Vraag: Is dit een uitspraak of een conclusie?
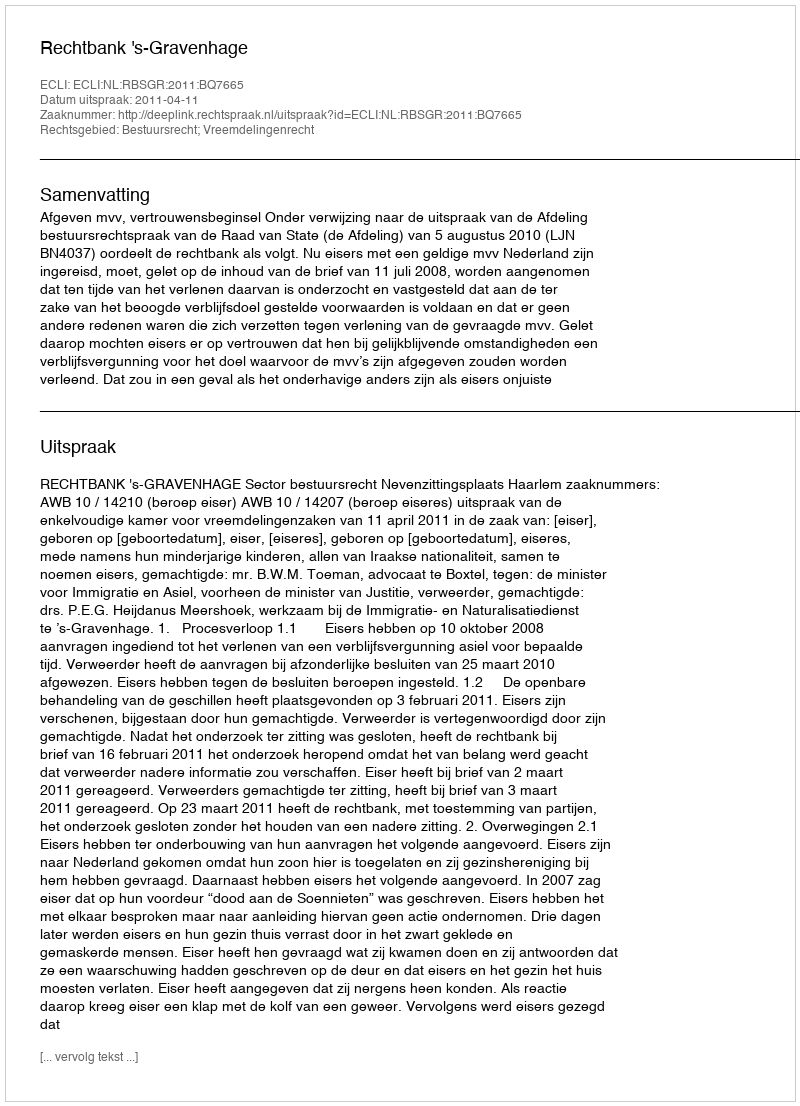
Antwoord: Uitspraak